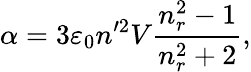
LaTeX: \alpha=3\varepsilon_{0}n^{\prime 2}V\frac{n_{r}^{2}-1}{n_{r}^{2}+2},